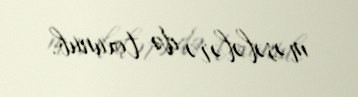
məsələlərə də toxunub.